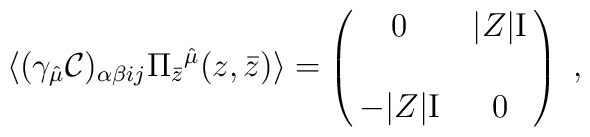
\langle(\gamma_{\hat \mu}  {\cal C})_{\alpha \beta ij} \Pi_{\bar z}{}^{\hat \mu} (z,\bar z) \rangle =\pmatrix{ 0  &  |Z| {\rm I} \cr\cr- |Z|  {\rm I}  &  0 \cr }  \ ,